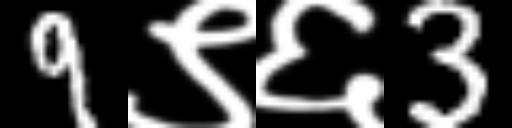
Text: 9९६3